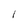
Character: l